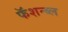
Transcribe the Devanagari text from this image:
फॅशन्ब्ल